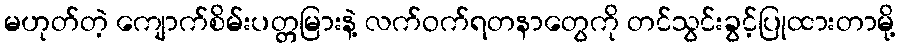
မဟုတ်တဲ့ ကျောက်စိမ်းပတ္တမြားနဲ့ လက်ဝက်ရတနာတွေကို တင်သွင်းခွင့်ပြုထားတာမို့